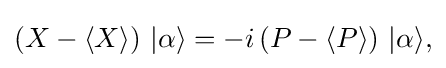
\left({X}-\langle {X}\rangle \right)\,|\alpha \rangle =-i\left({P}-\langle {P}\rangle \right)\,|\alpha \rangle {\text{,}}